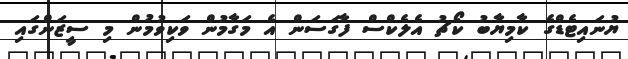
ޔުނައިޓެޑްގެ ކާމިޔާބު ކޯޗު އެލެކްސް ފާގަސަން އެ މަގާމުން ވަކިވުމުން މި ސީޒަންގައި